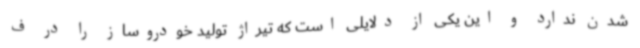
شدن ندارد و این یکی از دلایلی است که تیراژ تولید خودروساز را در ف